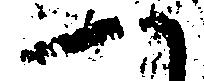
一